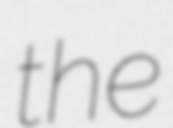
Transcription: the